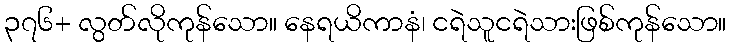
၃၇၆+ လွတ်လိုကုန်သော။ နေရယိကာနံ၊ ငရဲသူငရဲသားဖြစ်ကုန်သော။